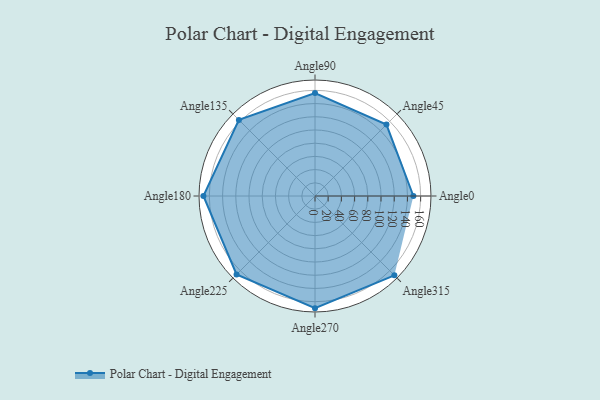
{"axis": {"x": "Angle", "y": "Radius"}, "legend": [""], "data": [{"x": "Angle0", "y": 149.0, "type": ""}, {"x": "Angle45", "y": 153.0, "type": ""}, {"x": "Angle90", "y": 156.0, "type": ""}, {"x": "Angle135", "y": 163.0, "type": ""}, {"x": "Angle180", "y": 169.0, "type": ""}, {"x": "Angle225", "y": 168.0, "type": ""}, {"x": "Angle270", "y": 170, "type": ""}, {"x": "Angle315", "y": 170, "type": ""}]}